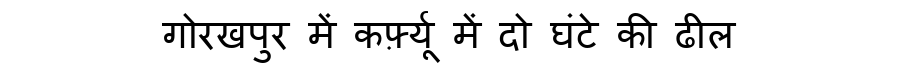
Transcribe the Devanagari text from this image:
गोरखपुर में कर्फ़्यू में दो घंटे की ढील